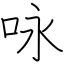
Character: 咏